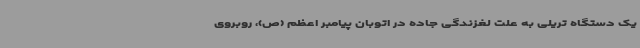
یک دستگاه تریلی به علت لغزندگی جاده در اتوبان پیامبر اعظم (ص)، روبروی